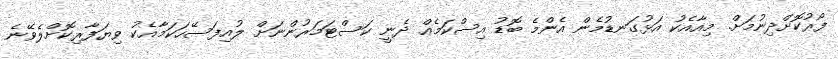
ފޯރުކޮށްދިނުމަށް. މިއާއެކު އަޅުގަނޑުމެން އެންމެ ބޮޑު އިސްކަމެއް ދެނީ ކަސްޓަމަރުންނަށް ލުއިފަސޭހަކަމާއެކު ވިޔަފާރިކޮށްލެވޭނެ